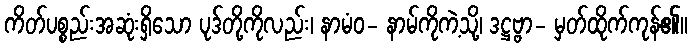
ကိတ်ပစ္စည်းအဆုံးရှိသော ပုဒ်တို့ကိုလည်း၊ နာမံဝ- နာမ်ကိုကဲ့သို့၊ ဒဋ္ဌဗ္ဗာ- မှတ်ထိုက်ကုန်၏။